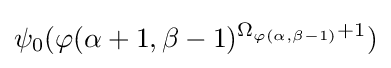
\psi _{0}(\varphi (\alpha +1,\beta -1)^{\Omega _{\varphi (\alpha ,\beta -1)}+1})